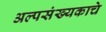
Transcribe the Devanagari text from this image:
अल्पसंख्यकाचे